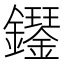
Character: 𫓝